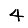
Digit: 4